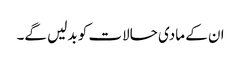
ان کے مادی حالات کو بدلیں گے۔